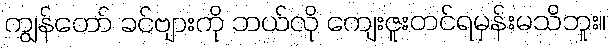
ကျွန်တော် ခင်ဗျားကို ဘယ်လို ကျေးဇူးတင်ရမှန်းမသိဘူး။